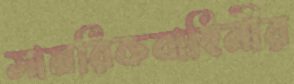
সামরিকবাহিনীর